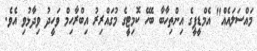
މައްސަލައެއް" އެމްޑީޕީގެ އިންތިހާބާ ބެހޭ ކޮމިޓީގެ މުގައްރިރު އިބްރާހިމް ވަހީދު ވިދާޅުވި އެވެ.